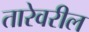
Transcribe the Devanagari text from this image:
तारेवरील